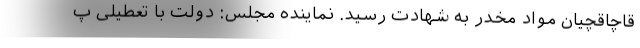
قاچاقچیان مواد مخدر به شهادت رسید. نماینده مجلس: دولت با تعطیلی پ